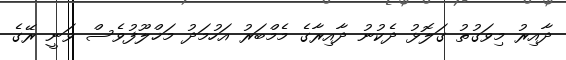
ދާއިރު މިވަގުތު ގަލޮޅު ދެކުނު ދާއިރާގެ މެމްބަރު އަހުމަދު މަޚްލޫފުވެސް ވަނީ ރޭގެ